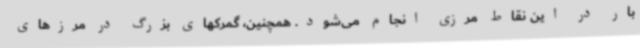
بار در این نقاط مرزی انجام می‌شود. همچنین، گمرکهای بزرگ در مرزهای